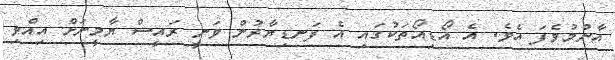
އާންމުވެފަ އެވެ. އެ އޯޑިއޯތަކުގައި އެ ފަނޑިޔާރުން ވަނީ ރައީސް ޔާމީނަށް އިއްވި